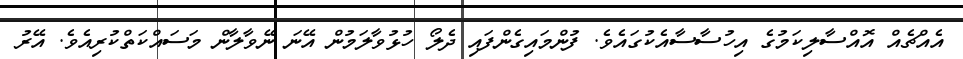
އެއްޗެއް އޮއްސާލިކަމުގެ އިހުސާސާއެކުގައެވެ. ފުންމައިގެންފައި ދެލޯ ހުޅުވާލަމުން އޭނަ ނޭވާލާން މަސައްކަތްކުރިއެވެ. އޭރު